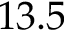
1 3 . 5